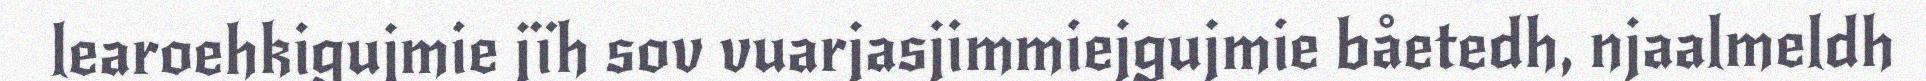
learoehkigujmie jïh sov vuarjasjimmiejgujmie båetedh, njaalmeldh